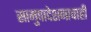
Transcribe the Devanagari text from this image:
सामुपादेशनाचाही